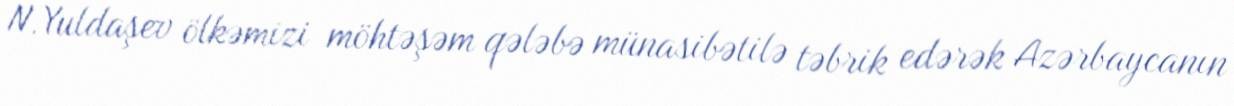
N.Yuldaşev ölkəmizi möhtəşəm qələbə münasibətilə təbrik edərək Azərbaycanın